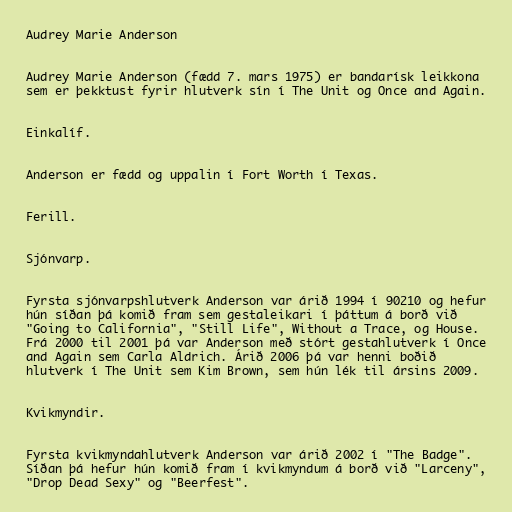
Audrey Marie Anderson

Audrey Marie Anderson (fædd 7. mars 1975) er bandarísk leikkona
sem er þekktust fyrir hlutverk sín í The Unit og Once and Again.

Einkalíf.

Anderson er fædd og uppalin í Fort Worth í Texas.

Ferill.

Sjónvarp.

Fyrsta sjónvarpshlutverk Anderson var árið 1994 í 90210 og hefur
hún síðan þá komið fram sem gestaleikari í þáttum á borð við
"Going to California", "Still Life", Without a Trace, og House.
Frá 2000 til 2001 þá var Anderson með stórt gestahlutverk í Once
and Again sem Carla Aldrich. Árið 2006 þá var henni boðið
hlutverk í The Unit sem Kim Brown, sem hún lék til ársins 2009.

Kvikmyndir.

Fyrsta kvikmyndahlutverk Anderson var árið 2002 í "The Badge".
Síðan þá hefur hún komið fram í kvikmyndum á borð við "Larceny",
"Drop Dead Sexy" og "Beerfest".